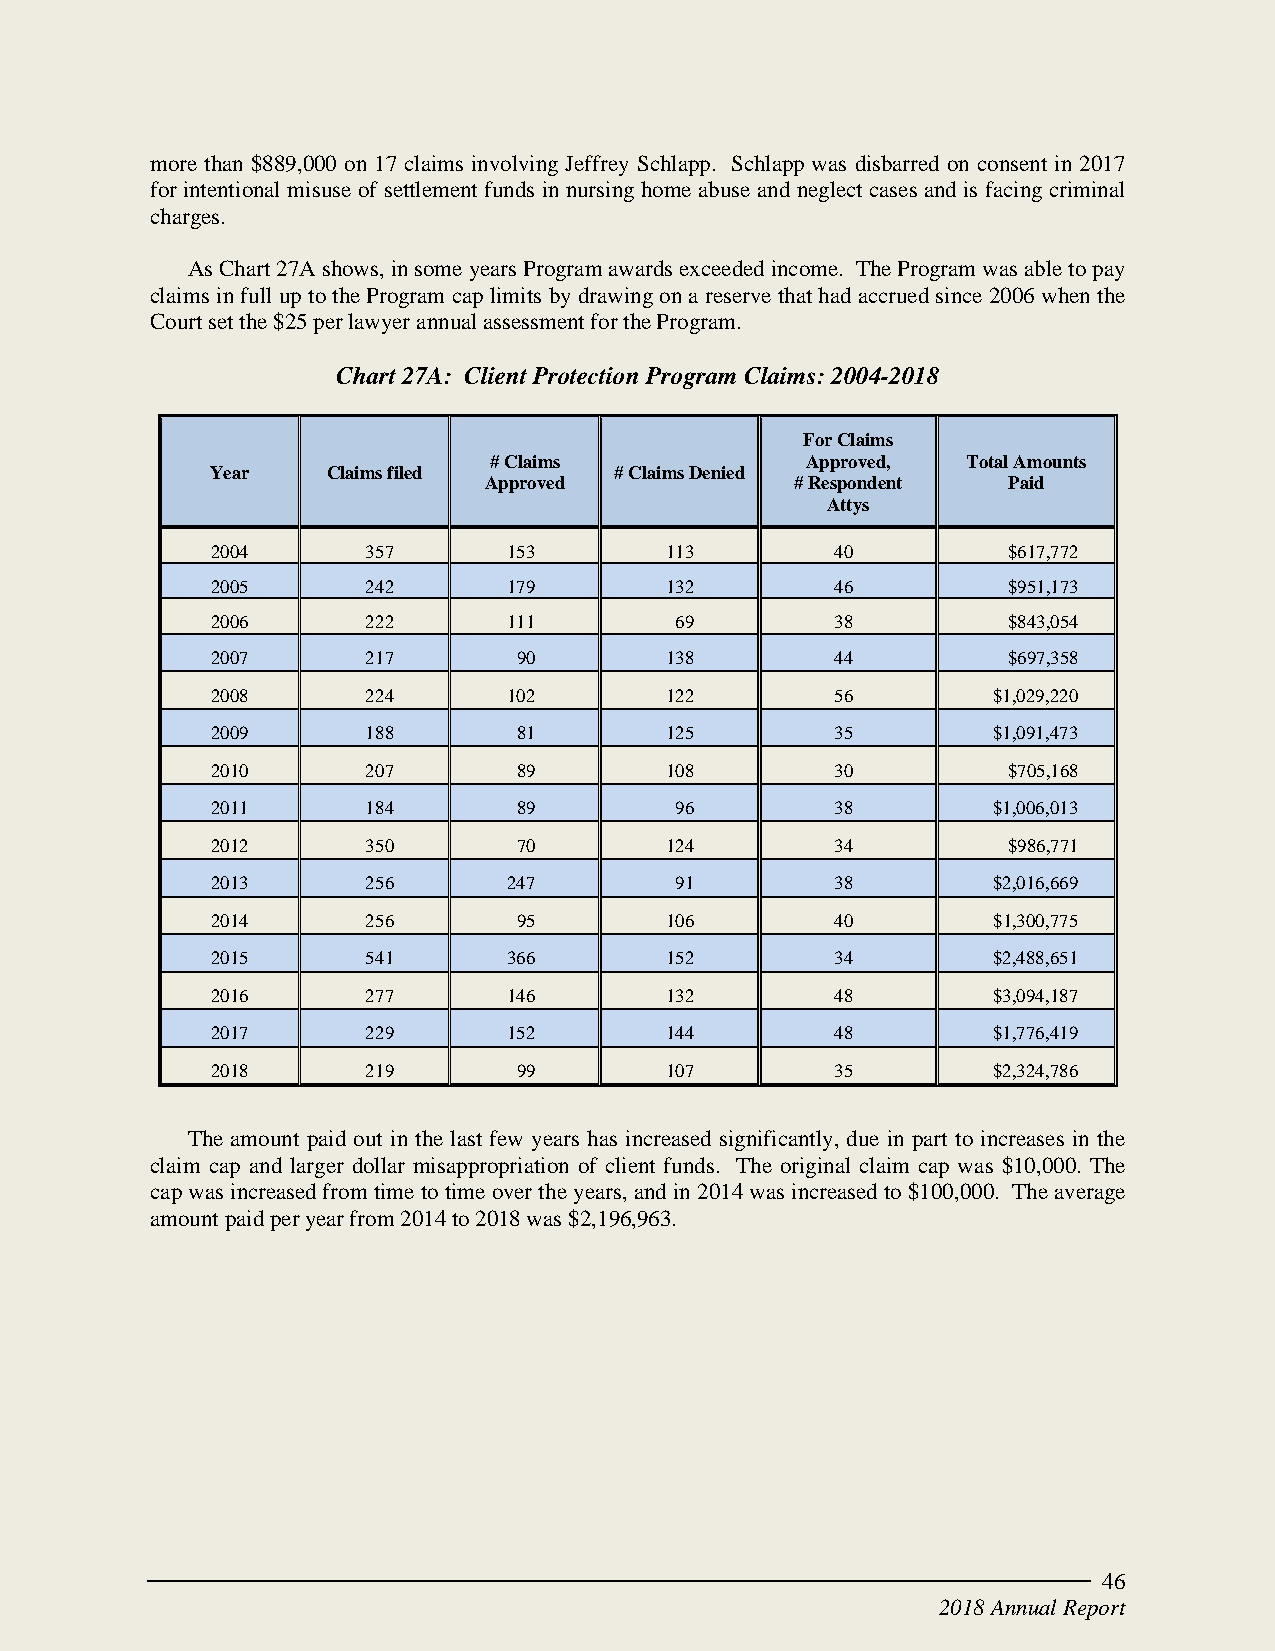
more than $889,000 on 17 claims involving Jeffrey Schlapp. Schlapp was disbarred on consent in 2017
 for intentional misuse of settlement funds in nursing home abuse and neglect cases and is facing criminal
 charges.
 As Chart 27A shows, in some years Program awards exceeded income. The Program was able to pay
 claims in full up to the Program cap limits by drawing on a reserve that had accrued since 2006 when the
 Court set the $25 per lawyer annual assessment for the Program.
 Chart 27A: Client Protection Program Claims: 2004-2018
 For Claims
 # Claims             Approved,  Total Amounts
 Year    Claims filed       # Claims Denied
 Approved             # Respondent  Paid
 Attys
 2004      357       153       113        40          $617,772
 2005      242       179       132        46          $951,173
 2006      222       111        69        38          $843,054
 2007      217       90        138        44          $697,358
 2008      224       102       122        56         $1,029,220
 2009      188       81        125        35         $1,091,473
 2010      207       89        108        30          $705,168
 2011      184       89         96        38         $1,006,013
 2012      350       70        124        34          $986,771
 2013      256       247        91        38         $2,016,669
 2014      256       95        106        40         $1,300,775
 2015      541       366       152        34         $2,488,651
 2016      277       146       132        48         $3,094,187
 2017      229       152       144        48         $1,776,419
 2018      219       99        107        35         $2,324,786
 The amount paid out in the last few years has increased significantly, due in part to increases in the
 claim cap and larger dollar misappropriation of client funds. The original claim cap was $10,000. The
 cap was increased from time to time over the years, and in 2014 was increased to $100,000. The average
 amount paid per year from 2014 to 2018 was $2,196,963.
 46
 2018 Annual Report